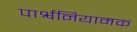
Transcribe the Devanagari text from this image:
पार्श्वनियामक